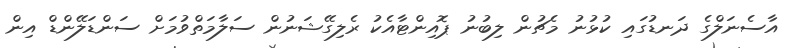
އާސެނަލްގެ ދަނޑުގައި ކުޅުނު މެޗުން ލިބުނު ޕޮއިންޓާއެކު ރެލިގޭޝަނުން ސަލާމަތްވުމަށް ސަންޑަލޭންޑް އިން